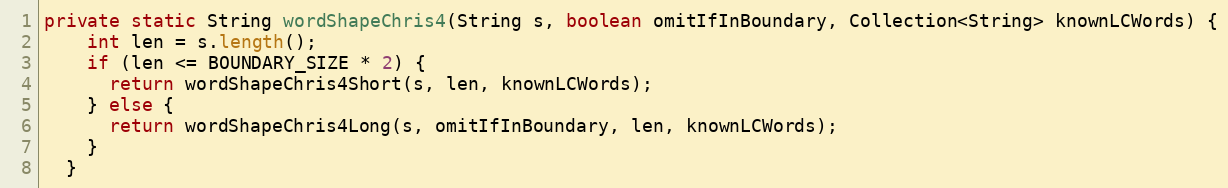
Language: Java
private static String wordShapeChris4(String s, boolean omitIfInBoundary, Collection<String> knownLCWords) {
    int len = s.length();
    if (len <= BOUNDARY_SIZE * 2) {
      return wordShapeChris4Short(s, len, knownLCWords);
    } else {
      return wordShapeChris4Long(s, omitIfInBoundary, len, knownLCWords);
    }
  }